Annual administration and progress report of the Indian Medical Department, Bombay
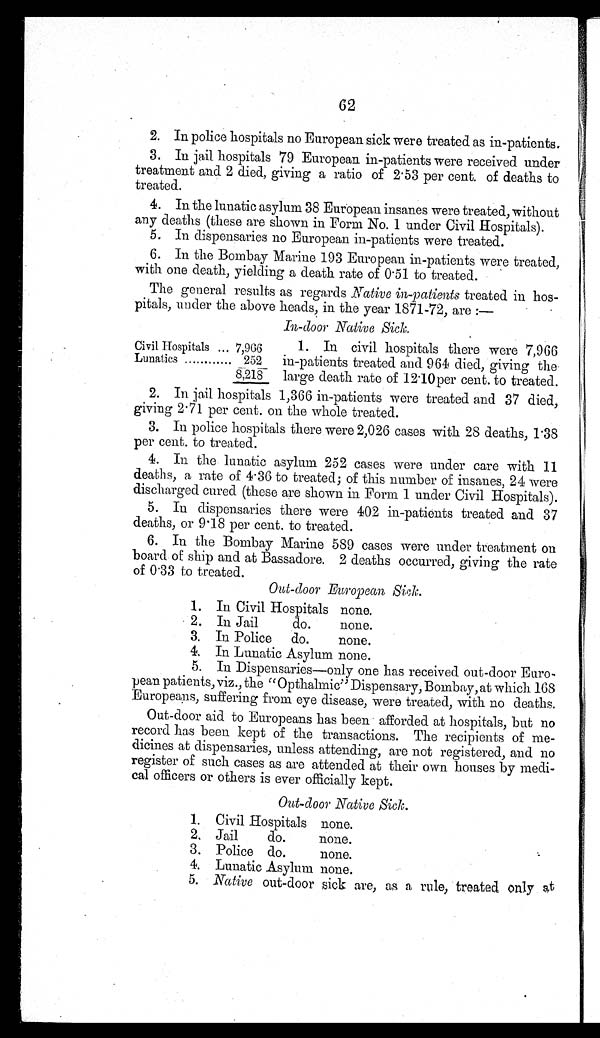
62
2. In police hospitals no European sick were treated as in-patients.
3. In jail hospitals 79 European in-patients were received under
treatment and 2 died, giving a ratio of 2.53 per cent. of deaths to
treated.
4. In the lunatic asylum 38 European insanes were treated, without
any deaths (these are shown in Form No. 1 under Civil Hospitals).
5. In dispensaries no European in-patients were treated.
6. In the Bombay Marine 193 European in-patients were treated,
with one death, yielding a death rate of 0.51 to treated.
The general results as regards Native in-patients treated in hos-
pitals, under the above heads, in the year 1871-72, are :
—
In-door Native Sick.
Civil Hospitals ... 7,966
Lunatics ............
252
8,218
1. In civil hospitals there were 7,966
in-patients treated and 964 died, giving the
large death rate of 12.10 per cent. to treated.
2. In jail hospitals 1,366 in-patients were treated and 37 died,
giving 2.71 per cent. on the whole treated.
3. In police hospitals there were 2,026 cases with 28 deaths, 1.38
per cent. to treated.
4. In the lunatic asylum 252 cases were under care with 11
deaths, a rate of 4.36 to treated; of this number of insanes, 24 were
discharged cured (these are shown in Form 1 under Civil Hospitals).
5. In dispensaries there were 402 in-patients treated and 37
deaths, or 9.18 per cent. to treated.
6. In the Bombay Marine 589 cases were under treatment on
board of ship and at Bassadore. 2 deaths occurred, giving the rate
of 0.33 to treated.
Out-door European Sick.
1. In Civil Hospitals none.
2. In Jail do. none.
3. In Police do. none.
4. In Lunatic Asylum none.
5. In Dispensaries—only one has received out-door Euro-
pean patients, viz., the " Opthalmic" Dispensary, Bombay, at which 168
Europeans, suffering from eye disease, were treated, with no deaths.
Out-door aid to Europeans has been afforded at hospitals, but no
record has been kept of the transactions. The recipients of me-
dicines at dispensaries, unless attending, are not registered, and no
register of such cases as are attended at their own houses by medi-
cal officers or others is ever officially kept.
Out-door Native Sick.
1. Civil Hospitals none.
2. Jail do. none.
3. Police do. none.
4. Lunatic Asylum none.
5. Native out-door sick are, as a rule, treated only at